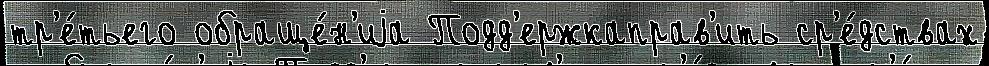
тр'е́тьего обраще́н'иjа Подд'ержкаправ'ить ср'е́дствах